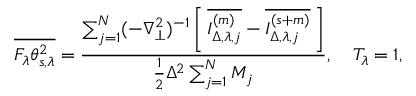
\overline { { F _ { \lambda } \theta _ { s , \lambda } ^ { 2 } } } = \frac { \sum _ { j = 1 } ^ { N } ( - \nabla _ { \perp } ^ { 2 } ) ^ { - 1 } \left[ \, { \overline { { I _ { \Delta , \lambda , j } ^ { ( m ) } } } - \overline { { I _ { \Delta , \lambda , j } ^ { ( s + m ) } } } } \, \right] } { \frac { 1 } { 2 } \Delta ^ { 2 } \sum _ { j = 1 } ^ { N } M _ { j } } , \quad T _ { \lambda } = 1 ,